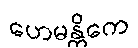
ဟေမန္တိကေ